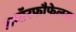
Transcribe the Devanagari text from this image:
अमॉरफौफेलस